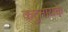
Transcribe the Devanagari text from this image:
कटुनायके